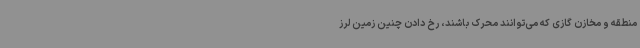
منطقه و مخازن گازی که می‌توانند محرک باشند، رخ دادن چنین زمین لرز